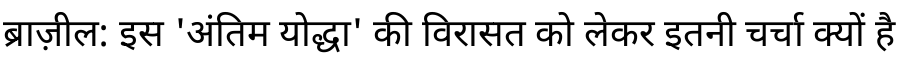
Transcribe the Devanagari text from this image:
ब्राज़ील: इस 'अंतिम योद्धा' की विरासत को लेकर इतनी चर्चा क्यों है